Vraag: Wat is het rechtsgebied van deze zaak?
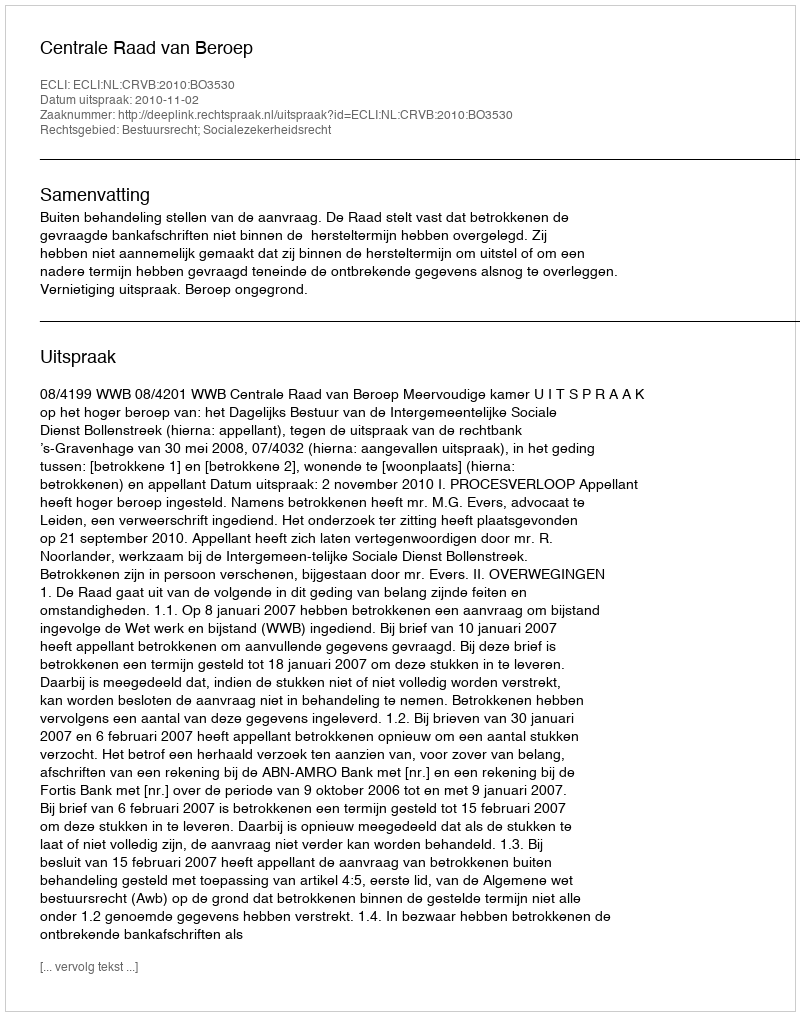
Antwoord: Bestuursrecht; Socialezekerheidsrecht